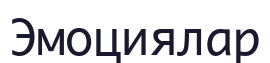
Эмоциялар